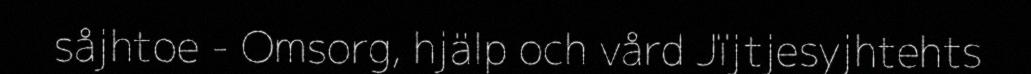
såjhtoe - Omsorg, hjälp och vård Jïjtjesyjhtehts